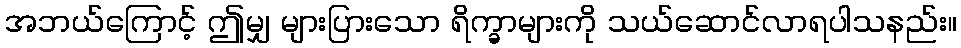
အဘယ်ကြောင့် ဤမျှ များပြားသော ရိက္ခာများကို သယ်ဆောင်လာရပါသနည်း။